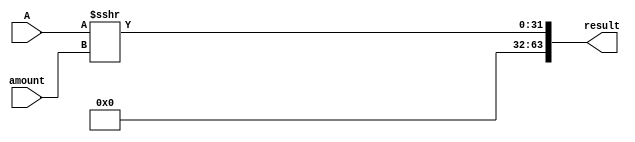
module shra (
    input wire signed[31:0] A, 
    input wire [4:0] amount,
    output wire [63:0] result
);

assign result[31:0] = A >>> amount;
assign result[63:32] = 32'd0;
    
endmodule